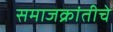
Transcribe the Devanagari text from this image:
समाजक्रांतीचे